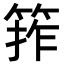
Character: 𮅖